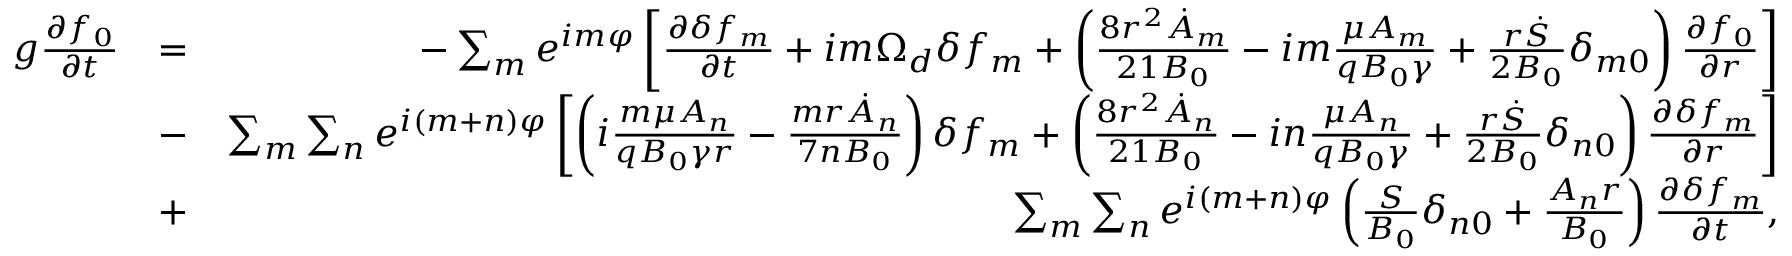
\begin{array} { r l r } { g \frac { \partial f _ { 0 } } { \partial t } } & { = } & { - \sum _ { m } e ^ { i m \varphi } \left[ \frac { \partial \delta f _ { m } } { \partial t } + i m \Omega _ { d } \delta f _ { m } + \left( \frac { 8 r ^ { 2 } \dot { A } _ { m } } { 2 1 B _ { 0 } } - i m \frac { \mu A _ { m } } { q B _ { 0 } \gamma } + \frac { r \dot { S } } { 2 B _ { 0 } } \delta _ { m 0 } \right) \frac { \partial f _ { 0 } } { \partial r } \right] } \\ & { - } & { \sum _ { m } \sum _ { n } e ^ { i ( m + n ) \varphi } \left[ \left( i \frac { m \mu A _ { n } } { q B _ { 0 } \gamma r } - \frac { m r \dot { A } _ { n } } { 7 n B _ { 0 } } \right) \delta f _ { m } + \left( \frac { 8 r ^ { 2 } \dot { A } _ { n } } { 2 1 B _ { 0 } } - i n \frac { \mu A _ { n } } { q B _ { 0 } \gamma } + \frac { r \dot { S } } { 2 B _ { 0 } } \delta _ { n 0 } \right) \frac { \partial \delta f _ { m } } { \partial r } \right] } \\ & { + } & { \sum _ { m } \sum _ { n } e ^ { i ( m + n ) \varphi } \left( \frac { S } { B _ { 0 } } \delta _ { n 0 } + \frac { A _ { n } r } { B _ { 0 } } \right) \frac { \partial \delta f _ { m } } { \partial t } , } \end{array}